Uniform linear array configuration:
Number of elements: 64
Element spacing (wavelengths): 0.75
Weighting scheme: binomial
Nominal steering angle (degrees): -60
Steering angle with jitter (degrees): -61.109
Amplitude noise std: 0.05
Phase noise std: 0.05

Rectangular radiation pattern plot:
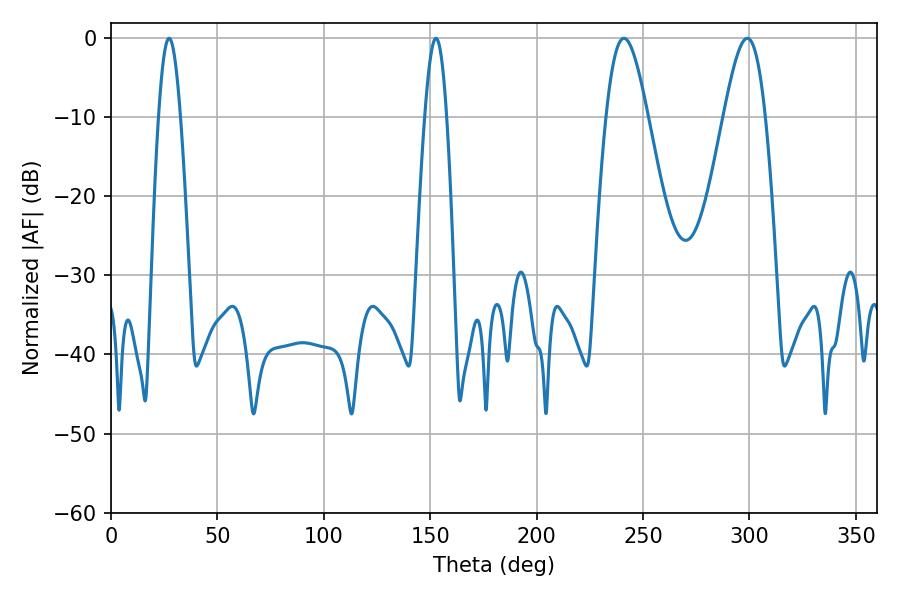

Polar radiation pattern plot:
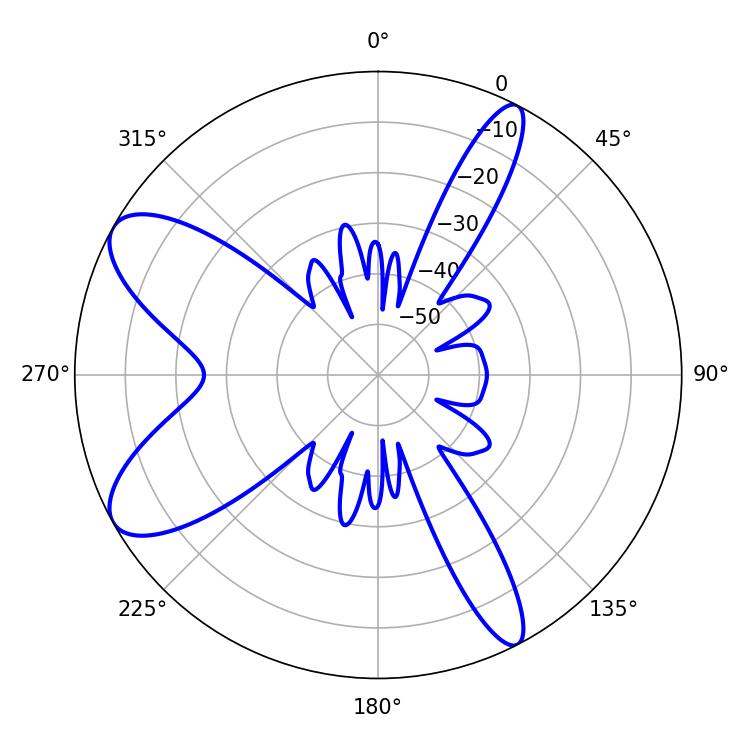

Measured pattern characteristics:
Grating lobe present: TRUE
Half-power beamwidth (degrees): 10.44
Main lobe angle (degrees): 241.02